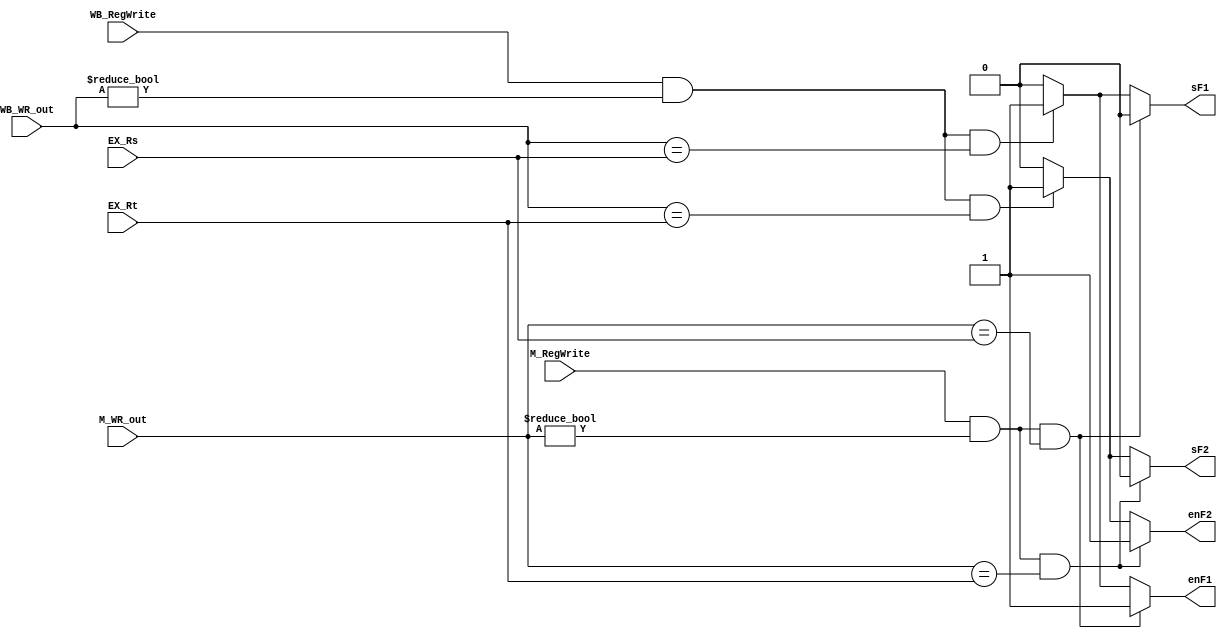
// Forwarding Unit

module FU ( // input 
			EX_Rs,
            EX_Rt,
			M_RegWrite,
			M_WR_out,
			WB_RegWrite,
			WB_WR_out,
			// output
			enF1,
			enF2,
			sF1,
			sF2	
			);

	input [4:0] EX_Rs;
    input [4:0] EX_Rt;
    input M_RegWrite;
    input [4:0] M_WR_out;
    input WB_RegWrite;
    input [4:0] WB_WR_out;

	output enF1;
    output enF2;
    output sF1;
    output sF2;
	
	reg enF1;
	reg enF2;
	reg sF1;
	reg sF2;

	always @(*) begin
		
		if(M_RegWrite && M_WR_out != 0 && M_WR_out == EX_Rs)
		begin
			enF1 = 1;	
			sF1  = 0;	//0 = M
		end
		else if(WB_RegWrite && WB_WR_out != 0 && WB_WR_out == EX_Rs)
		begin
			enF1 = 1;	
			sF1  = 1;	//1 = WB
		end
		else
		begin
			enF1 = 0;	//no forwarding
			sF1  = 0;
		end
		
		/* ----------------------- */
		
		
		if(M_RegWrite && M_WR_out != 0 && M_WR_out == EX_Rt)
		begin
			enF2 = 1;	
			sF2  = 0;	//0 = M
		end
		else if(WB_RegWrite && WB_WR_out != 0 && WB_WR_out == EX_Rt)
		begin
			enF2 = 1;	
			sF2  = 1;	//1 = WB
		end
		else
		begin
			enF2 = 0;	//forwardB = 00, no forwarding
			sF2  = 0;
		end

	end
	
endmodule